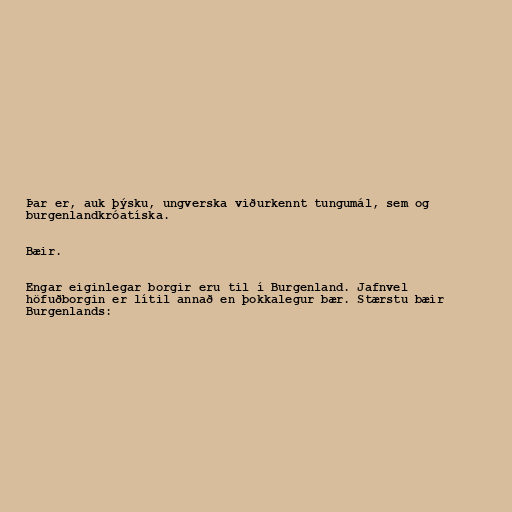
Þar er, auk þýsku, ungverska viðurkennt tungumál, sem og
burgenlandkróatíska.

Bæir.

Engar eiginlegar borgir eru til í Burgenland. Jafnvel
höfuðborgin er lítil annað en þokkalegur bær. Stærstu bæir
Burgenlands: